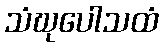
သံဃုပေါသထံ